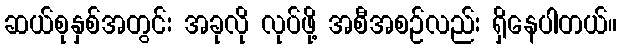
ဆယ်စုနှစ်အတွင်း အခုလို လုပ်ဖို့ အစီအစဉ်လည်း ရှိနေပါတယ်။